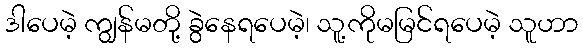
ဒါပေမဲ့ ကျွန်မတို့ ခွဲနေရပေမဲ့၊ သူ့ကိုမမြင်ရပေမဲ့ သူဟာ